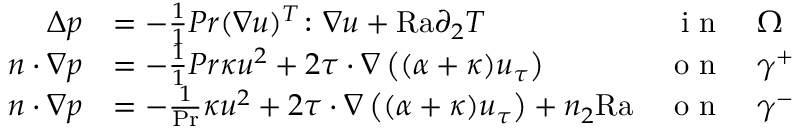
\begin{array} { r l r l } { \Delta p } & { = - \frac { 1 } { 1 } { { P r } } ( \nabla u ) ^ { T } \colon \nabla u + { \mathrm { R a } } \partial _ { 2 } T } & { \textnormal { i n } } & { \Omega } \\ { n \cdot \nabla p } & { = - \frac { 1 } { 1 } { { P r } } \kappa u ^ { 2 } + 2 \tau \cdot \nabla \left( ( \alpha + \kappa ) u _ { \tau } \right) } & { \textnormal { o n } } & { \gamma ^ { + } } \\ { n \cdot \nabla p } & { = - \frac { 1 } { \mathrm { P r } } \kappa u ^ { 2 } + 2 \tau \cdot \nabla \left( ( \alpha + \kappa ) u _ { \tau } \right) + n _ { 2 } \mathrm { { R a } } } & { \textnormal { o n } } & { \gamma ^ { - } } \end{array}